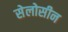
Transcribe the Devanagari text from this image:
सेलोसीन